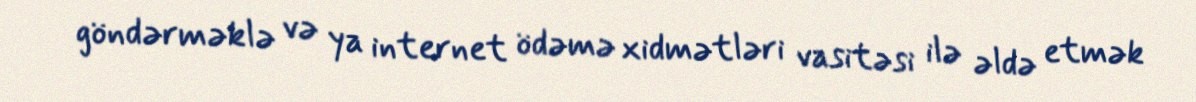
göndərməklə və ya internet ödəmə xidmətləri vasitəsi ilə əldə etmək